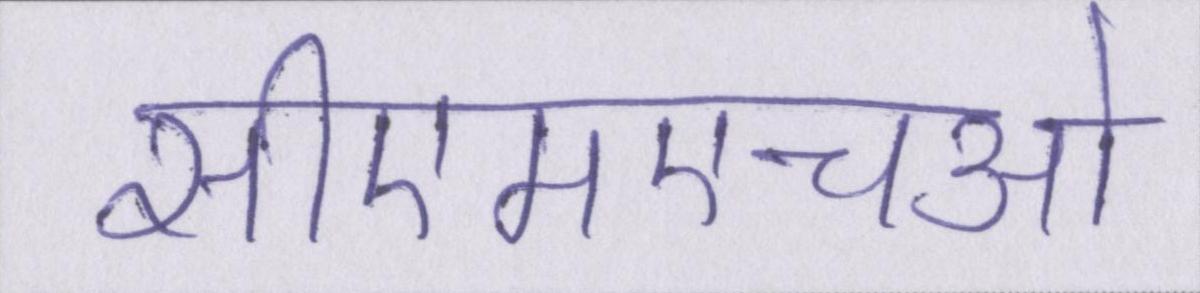
सीएमएचओ